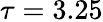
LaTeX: \tau=3.25